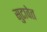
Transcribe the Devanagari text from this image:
सुटावेत